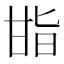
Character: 𭺬